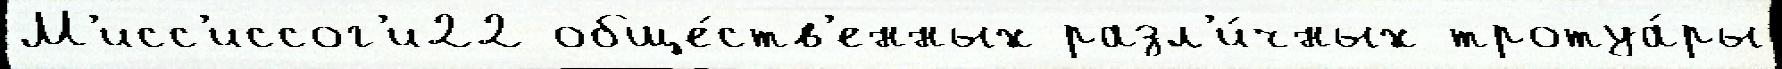
М'исс'иссог'и22 обще́ств'енных разл'и́чных тротуа́ры